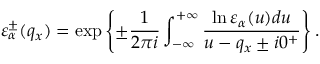
\varepsilon _ { \alpha } ^ { \pm } ( { { q } _ { x } } ) = \exp \left\{ \pm \frac { 1 } { 2 \pi i } \int _ { - \infty } ^ { + \infty } { \frac { \ln { { \varepsilon } _ { \alpha } } ( u ) d u } { u - { { q } _ { x } } \pm i { { 0 } ^ { + } } } } \right\} .